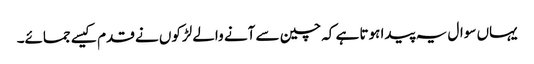
یہاں سوال یہ پیدا ہوتا ہے کہ چین سے آنے والے لڑکوں نے قدم کیسے جمائے۔